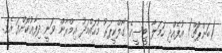
(ބަންޕުޗް) އުފެއްދި ހަމަލާ ޓީސީގެ ގޯލްކީޕަރު މުހައްމަދު އިމްރާން ވަނީ ދިފާއުކޮށްފަ އެވެ.